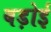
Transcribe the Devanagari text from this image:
बड़ोई